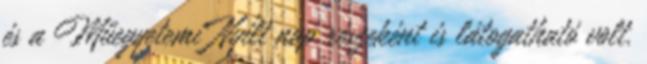
és a Műegyetemi Nyílt nap részeként is látogatható volt.